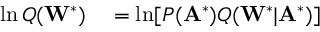
\begin{array} { r l } { \ln Q ( \mathbf { W } ^ { * } ) } & { { } = \ln [ P ( \mathbf { A } ^ { * } ) Q ( \mathbf { W } ^ { * } | \mathbf { A } ^ { * } ) ] } \end{array}